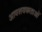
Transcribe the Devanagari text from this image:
आवशयकताओं